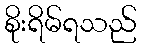
စိုးရိမ်ရသည်